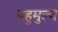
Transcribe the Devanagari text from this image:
वहुमुल्य